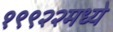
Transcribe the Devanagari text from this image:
१९९२२मध्ये